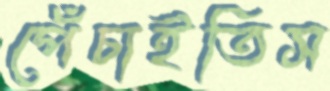
পেঁচাইতিস